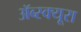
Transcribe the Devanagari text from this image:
ॲब्स्क्यूरा